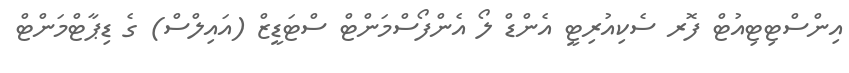
އިންސްޓިޓިއުޓް ފޮރ ސެކިއުރިޓީ އެންޑް ލޯ އެންފޯސްމަންޓް ސްޓަޑީޒް (އައިލްސް) ގެ ޑިޕާޓްމަންޓް